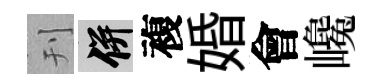
刊并複婚會巉